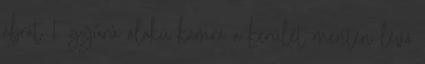
ábrát 1. gyûrû alakú kamra a kerület mentén lévõ